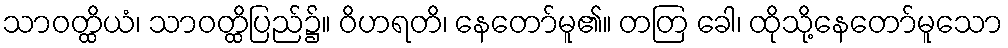
သာဝတ္ထိယံ၊ သာဝတ္ထိပြည်၌။ ဝိဟရတိ၊ နေတော်မူ၏။ တတြ ခေါ၊ ထိုသို့နေတော်မူသော